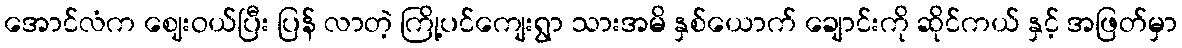
အောင်လံက ဈေးဝယ်ပြီး ပြန် လာတဲ့ ကြို့ပင်ကျေးရွာ သားအမိ နှစ်ယောက် ချောင်းကို ဆိုင်ကယ် နှင့် အဖြတ်မှာ